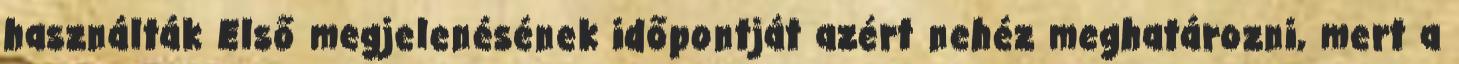
használták Első megjelenésének időpontját azért nehéz meghatározni, mert a